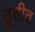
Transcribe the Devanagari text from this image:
तृतीत